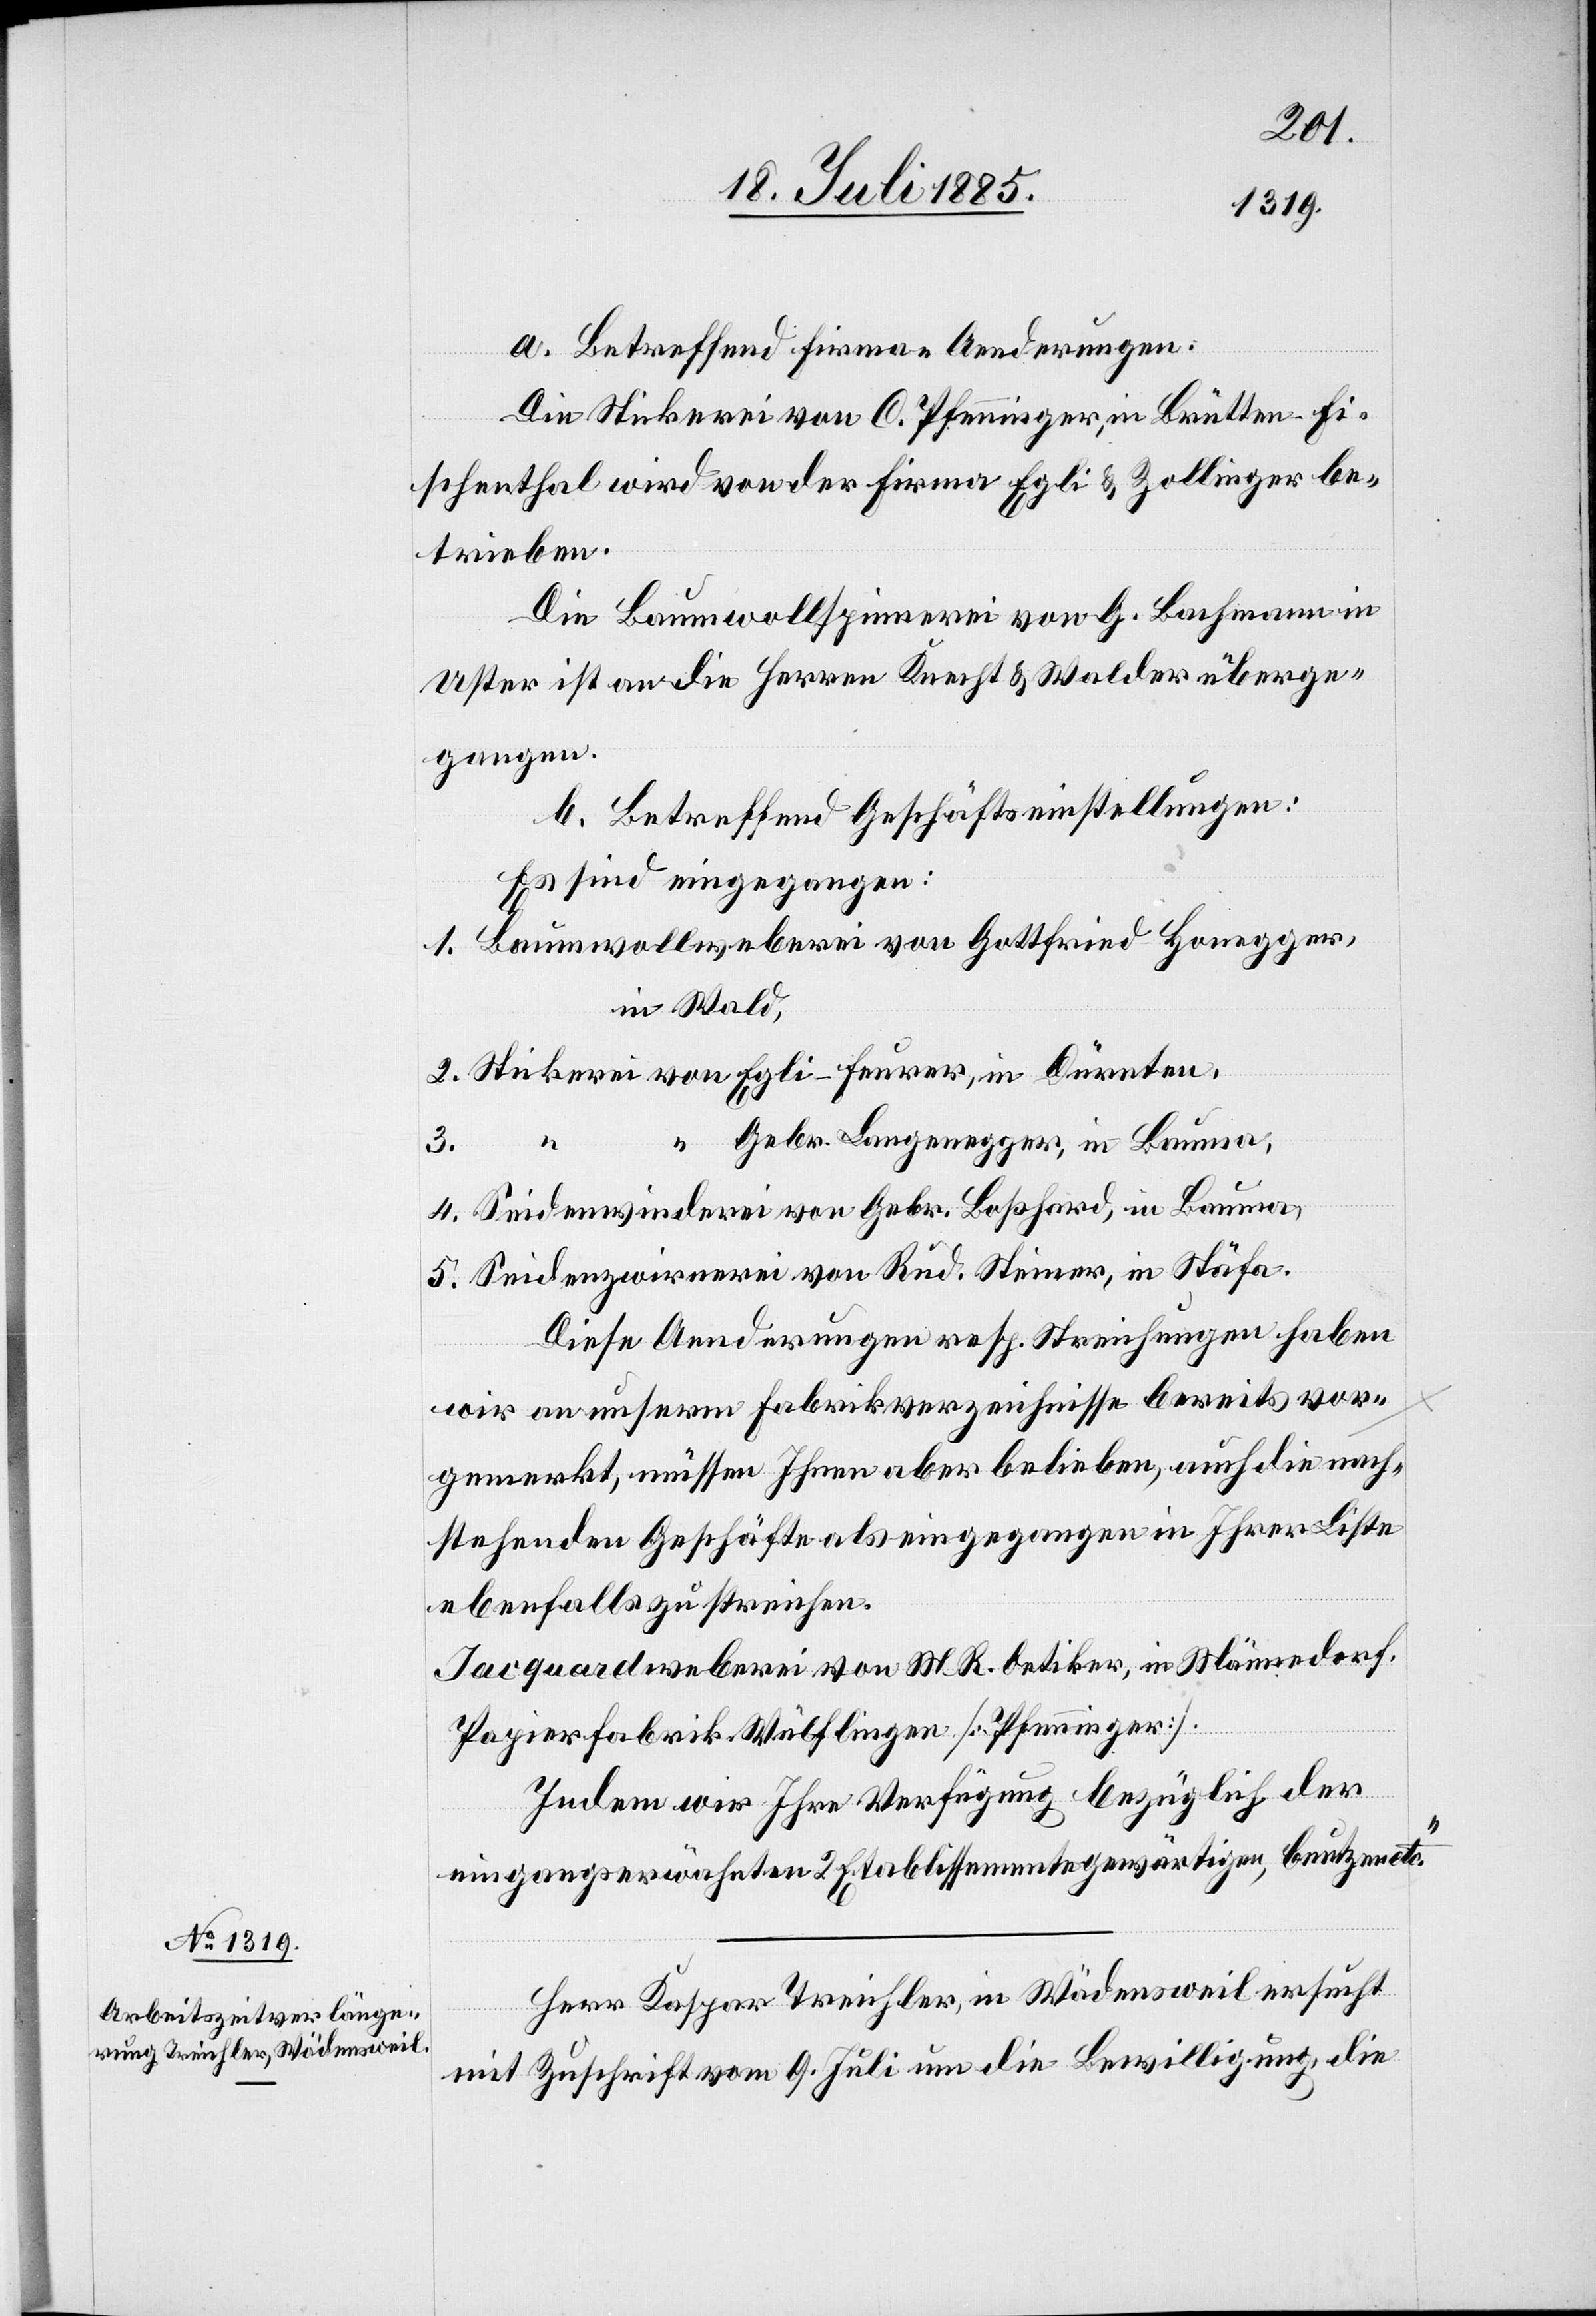
Gebr.
a. Betreffend Firma-Aenderungen:
Die Stickerei von C. Pfenninger, in Brütten Fi¬
schenthal wird von der Firma Egli & Zollinger be¬
trieben.
Die Baumwollspinnerei von G. Bachmann in
Uster ist an die Herren Kraft & Walder überge¬
gangen.
b. betreffend Geschäftseinstellungen:
Es sind eingegangen:
Baumwollspinnerei von Gottfried Honegger,
in Wald
in
4.
Gebr. Langenegger, in Bauma,
5.
Diese Aenderungen resp. Streichungen haben
wir an unserm Fabrikverzeichnisse bereits vor¬
gemerkt, müssen Ihnen aber belieben, auch die nach¬
stehenden Geschäfte als eingegangen in Ihrer Liste
ebenfalls zu streichen.
Jacquardweberei von M. R. Oetiker, in Männedorf.
Papierfabrik Wülflingen [Pfenninger].
Indem wir Ihre Verfügung bezüglich der
eingangserwähnten 2 Etablissemente gewärtigen, benutzen etc.“
Herr Kaspar Treichler, in Wädensweil ersucht
mit Zuschrift vom 9. Juli um die Bewilligung, die